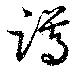
蹲